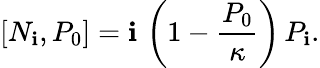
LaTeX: \left[N_{\mathbf{i}},P_{0}\right]=\mathbf{i}\, \left(1-{\frac{{P_{0}}}{{\kappa}}}\right)\, P_{\mathbf{i}}.